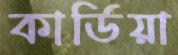
কার্ডিয়া